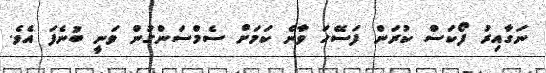
ނަގާއިރު ފޯކަސް ކުރަން ފަސޭހަ ވާނެ ކަމަށް ސެމްސަންގުން ވަނީ ބުނެފަ އެވެ.